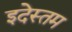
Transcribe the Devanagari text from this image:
इदेस्तम